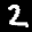
Label: 2